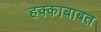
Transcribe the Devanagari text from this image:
हक्काबाबत